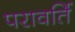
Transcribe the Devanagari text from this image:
परावर्ति